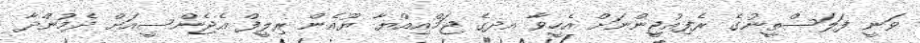
ވަނީ ފަލަސްތީނުގެ ރެފިއުޖީންނަށް އެހީވާ އދގެ ޖަމްއިއްޔާ ޔޫއެން ރިލީފް އެޖެންސީއަށް ދެމުންދާ